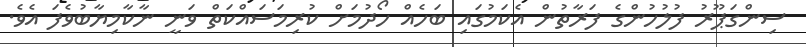
ސިންގަޕޫރު ފުލުހުންގެ ފަރާތުން އެކަމުގައި ބަހެއް ހޯދުމަށް ކުރިމަސައްކަތް ވަނީ ނާކާމިޔާބުވެފަ އެވެ.